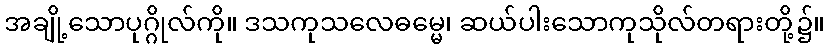
အချို့သောပုဂ္ဂိုလ်ကို။ ဒသကုသလေဓမ္မေ၊ ဆယ်ပါးသောကုသိုလ်တရားတို့၌။